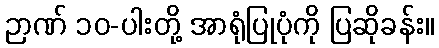
ဉာဏ် ၁၀-ပါးတို့ အာရုံပြုပုံကို ပြဆိုခန်း။